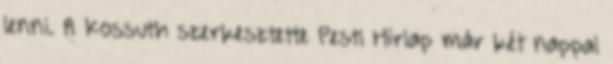
lenni. A Kossuth szerkesztette Pesti Hírlap már két nappal